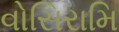
વોસિરામિ